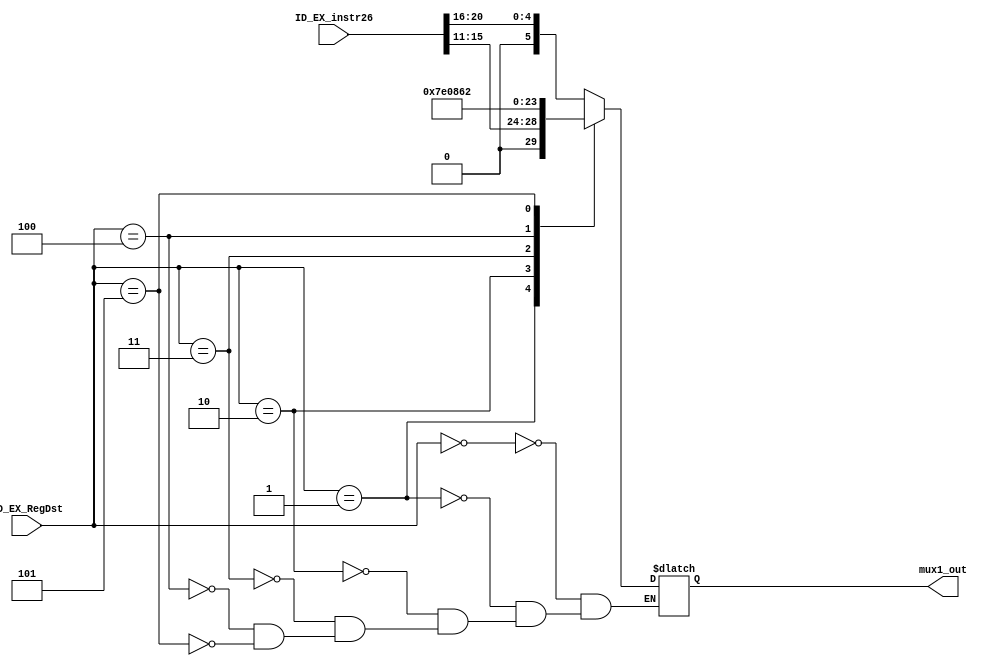
module mux1 #(
    parameter RT         = 3'b000,              // to GPR[rt]
    parameter RD         = 3'b001,              // to GPR[rd]
    parameter RA         = 3'b010,              // to GPR[31]
    parameter HI         = 3'b011,              // to GPR[32]
    parameter LO         = 3'b100,              // to GPR[33]
    parameter PROD       = 3'b101               // to HI and LO 
)(
    input       [ 2: 0] ID_EX_RegDst,
    input       [25: 0] ID_EX_instr26,
    output reg  [ 5: 0] mux1_out
);

    always @(*) begin
        case (ID_EX_RegDst)
            RT      : mux1_out = ID_EX_instr26[20:16];
            RD      : mux1_out = ID_EX_instr26[15:11];
            RA      : mux1_out = 31;
            HI      : mux1_out = 32;
            LO      : mux1_out = 33;
            PROD    : mux1_out = 34;
        endcase
    end

endmodule // mux1

module mux2 (
    input      [ 1: 0] Forward2A,
    input      [31: 0] ID_EX_mux8_out,
    input      [31: 0] mux6_out,
    input      [31: 0] EX_MEM_mux5_out,
    output reg [31: 0] mux2_out
);  
    always @(*) begin
        case (Forward2A)
            2'b10 : mux2_out = EX_MEM_mux5_out;
            2'b01 : mux2_out = mux6_out;
            2'b00 : mux2_out = ID_EX_mux8_out;
        endcase    
    end
endmodule // mux2

module mux3 (
    input      [ 1: 0] Forward2B,
    input      [31: 0] ID_EX_mux9_out,
    input      [31: 0] mux6_out,
    input      [31: 0] EX_MEM_mux5_out,
    output reg [31: 0] mux3_out
);
    always @(*) begin
        case (Forward2B)
            2'b10 : mux3_out = EX_MEM_mux5_out;
            2'b01 : mux3_out = mux6_out;
            2'b00 : mux3_out = ID_EX_mux9_out;
        endcase
    end
endmodule // mux3


module mux4 (
    input              ID_EX_ALUSrc,
    input      [31: 0] ID_EX_Ext_out,
    input      [31: 0] mux3_out,
    output reg [31: 0] mux4_out
);
    always @(*) begin
        case (ID_EX_ALUSrc)
            1'b1 : mux4_out = ID_EX_Ext_out;
            1'b0 : mux4_out = mux3_out;
        endcase
    end
endmodule // mux4

module mux5 (
    input      [ 2: 0] ID_EX_DataDst,
    input      [31: 0] mux11_out,
    input      [31: 0] mux12_out,
    input      [31: 0] ID_EX_pc_add_out,
    input      [31: 0] alu_out,
    output reg [31: 0] mux5_out
);
    always @(*) begin
        case (ID_EX_DataDst)
            3'b011 : mux5_out = mux11_out;
            3'b010 : mux5_out = mux12_out;
            3'b001 : mux5_out = ID_EX_pc_add_out;
            3'b000 : mux5_out = alu_out;
        endcase
    end
endmodule // mux5

module mux6 (
    input              MEM_WB_MemtoReg,
    input      [31: 0] MEM_WB_dm_out,
    input      [31: 0] MEM_WB_mux5_out,
    output reg [31: 0] mux6_out
);
    always @(*) begin
        if (MEM_WB_MemtoReg)
            mux6_out = MEM_WB_dm_out;
        else 
            mux6_out = MEM_WB_mux5_out;
    end
endmodule // mux6

module mux7 (
    input               OR3_out,

    input       [ 1: 0] LS_bit,
    input       [ 2: 0] RegDst,
    input       [ 2: 0] DataDst,
    input               MemtoReg,
    input       [ 3: 0] ALUOp,
    input               MemWrite,
    input               ALUSrc,
    input               ShamtSrc,
    input               RegWrite,
    input               Ext_op,
    input       [ 3: 0] ExcCode,

    output reg  [ 1: 0] mux7_LS_bit,
    output reg  [ 2: 0] mux7_RegDst,
    output reg  [ 2: 0] mux7_DataDst,
    output reg          mux7_MemtoReg,
    output reg  [ 3: 0] mux7_ALUOp,
    output reg          mux7_MemWrite,
    output reg          mux7_ALUSrc,
    output reg          mux7_ShamtSrc,
    output reg          mux7_RegWrite,
    output reg          mux7_Ext_op,
    output reg  [ 3: 0] mux7_ExcCode
);

    always @(*) begin
        if (OR3_out)            // if block
        begin
            mux7_LS_bit    =  2'b00;          
            mux7_RegDst    =  3'b000;      
            mux7_DataDst   =  3'b000;     
            mux7_MemtoReg  =  1'b0;     
            mux7_ALUOp     =  4'b0000;  
            mux7_MemWrite  =  1'b0;     
            mux7_ALUSrc    =  1'b0;   
            mux7_ShamtSrc  =  1'b0;     
            mux7_RegWrite  =  1'b0;     
            mux7_Ext_op    =  1'b0;   
            mux7_ExcCode   =  4'b0000;    
        end
        else begin
            mux7_LS_bit    =  LS_bit;      
            mux7_RegDst    =  RegDst;   
            mux7_DataDst   =  DataDst;   
            mux7_MemtoReg  =  MemtoReg; 
            mux7_ALUOp     =  ALUOp; 
            mux7_MemWrite  =  MemWrite; 
            mux7_ALUSrc    =  ALUSrc;
            mux7_ShamtSrc  =  ShamtSrc; 
            mux7_RegWrite  =  RegWrite; 
            mux7_Ext_op    =  Ext_op;
            mux7_ExcCode   =  ExcCode;   
        end
    end
endmodule // mux7

module mux8 (
    input      [ 1: 0] Forward1A,
    input      [31: 0] regfile_out1,
    input      [31: 0] EX_MEM_mux5_out,
    input      [31: 0] mux6_out,
    output reg [31: 0] mux8_out
);
    always @(*) begin
        case(Forward1A)
            2'b10 : mux8_out = EX_MEM_mux5_out;
            2'b01 : mux8_out = mux6_out;
            3'b00 : mux8_out = regfile_out1;
        endcase
    end
endmodule // mux8


module mux9 (
    input      [ 1: 0] Forward1B,
    input      [31: 0] regfile_out2,
    input      [31: 0] EX_MEM_mux5_out,
    input      [31: 0] mux6_out,
    output reg [31: 0] mux9_out
);
    always @(*) begin
        case(Forward1B)
            2'b10 : mux9_out = EX_MEM_mux5_out;
            2'b01 : mux9_out = mux6_out;
            2'b00 : mux9_out = regfile_out2;
        endcase
    end
endmodule // mux9


module mux10 (
    input               ShamtSrc,
    input       [25: 0] ID_EX_instr26,
    input       [ 4: 0] mux2_out,
    output  reg [ 4: 0] mux10_out
);
    always @(*) begin
        case (ShamtSrc)
            1'b0 : mux10_out = ID_EX_instr26[10: 6];
            1'b1 : mux10_out = mux2_out;
        endcase
    end

endmodule // mux10


// forward LO
module mux11 (
    input      [ 2: 0] Forward3A,
    input      [31: 0] ID_EX_low_out,
    input      [31: 0] EX_MEM_mux5_out,
    input      [31: 0] MEM_WB_mux5_out,
    input      [63: 0] EX_MEM_prod,
    input      [63: 0] MEM_WB_prod,
    output reg [31: 0] mux11_out
);

    always @(*) begin
        case (Forward3A)
            3'b100 : mux11_out = EX_MEM_prod[31: 0];
            3'b011 : mux11_out = MEM_WB_prod[31: 0];
            3'b010 : mux11_out = EX_MEM_mux5_out;
            3'b001 : mux11_out = MEM_WB_mux5_out;
            3'b000 : mux11_out = ID_EX_low_out;
        endcase
    end

endmodule // mux11

// forward HI
module mux12 (
    input      [ 2: 0] Forward3B,
    input      [31: 0] ID_EX_high_out,
    input      [31: 0] EX_MEM_mux5_out,
    input      [31: 0] MEM_WB_mux5_out,
    input      [63: 0] EX_MEM_prod,
    input      [63: 0] MEM_WB_prod,
    output reg [31: 0] mux12_out
);
    always @(*) begin
        case (Forward3B)
            3'b100 : mux12_out = EX_MEM_prod[63: 32];
            3'b011 : mux12_out = MEM_WB_prod[63: 32];
            3'b010 : mux12_out = EX_MEM_mux5_out;
            3'b001 : mux12_out = MEM_WB_mux5_out;
            3'b000 : mux12_out = ID_EX_high_out;
        endcase
    end
endmodule // mux12